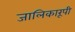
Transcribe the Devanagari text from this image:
जालिकारूपी